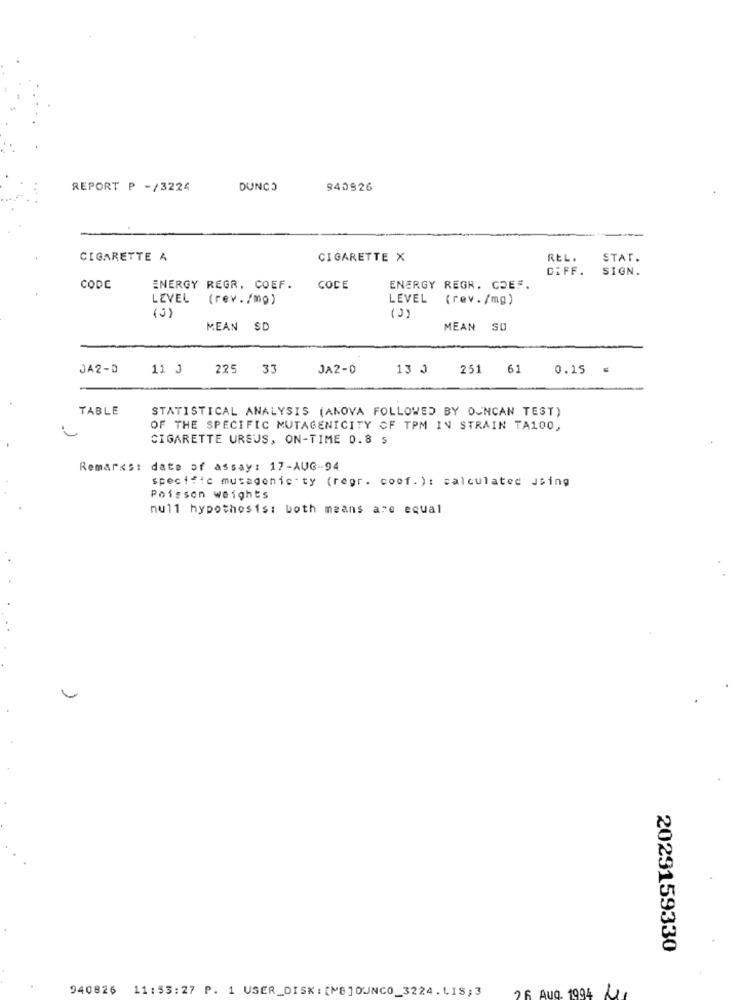
REPORT P -/3224
DUNCO
940926
CIGARETTE A
CIGARETTE X
REL.
STAT.
DIFF.
SIGN.
CODE
ENERGY REGR. COEF.
CODE
ENERGY REGR. GOEF.
LEVEL
(rev./mp)
LEVEL (rev./mg)
( 2)
MEAN SD
MEAN SO
JA2-D
11 J
225 33
JA2-0
13 J
251
61
0.15
TABLE
STATISTICAL ANALYSIS (ANOVA FOLLOWED BY DUNCAN TEST)
OF THE SPECIFIC MUTAGENICITY OF TPM IN STRAIN TA100,
CIGARETTE URSUS, ON-TIME 0.8 $
Remarks: date of assay: 17-AUG-94
specific mutagenic ty (regr. coof. ): calculated Jsing
Poisson weights
null hypothesis: both means are equal
2029159330
940826
11:53:27 P. 1 USER_DISK : [MB]0UNCO_3224.LIS;3
26 Aug. 1994 1.